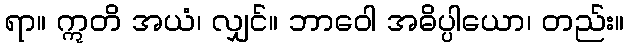
ရာ။ ဣတိ အယံ၊ လျှင်။ ဘာဝေါ အဓိပ္ပါယော၊ တည်း။